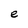
Character: e